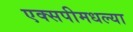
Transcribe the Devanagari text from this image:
एक्सपीमधल्या